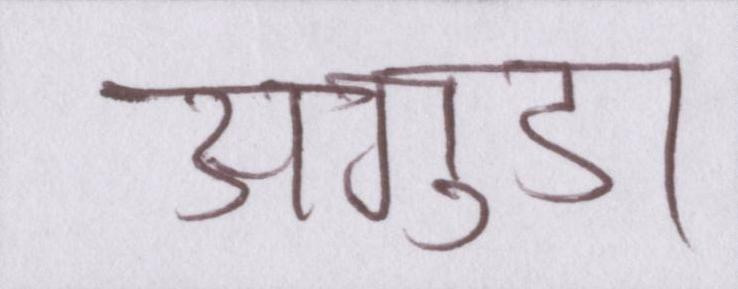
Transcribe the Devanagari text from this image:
अगुडा